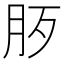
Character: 𣧚